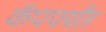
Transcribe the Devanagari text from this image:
कॅपपर्यंत